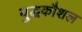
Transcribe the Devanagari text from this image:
यु्द्धकौशल